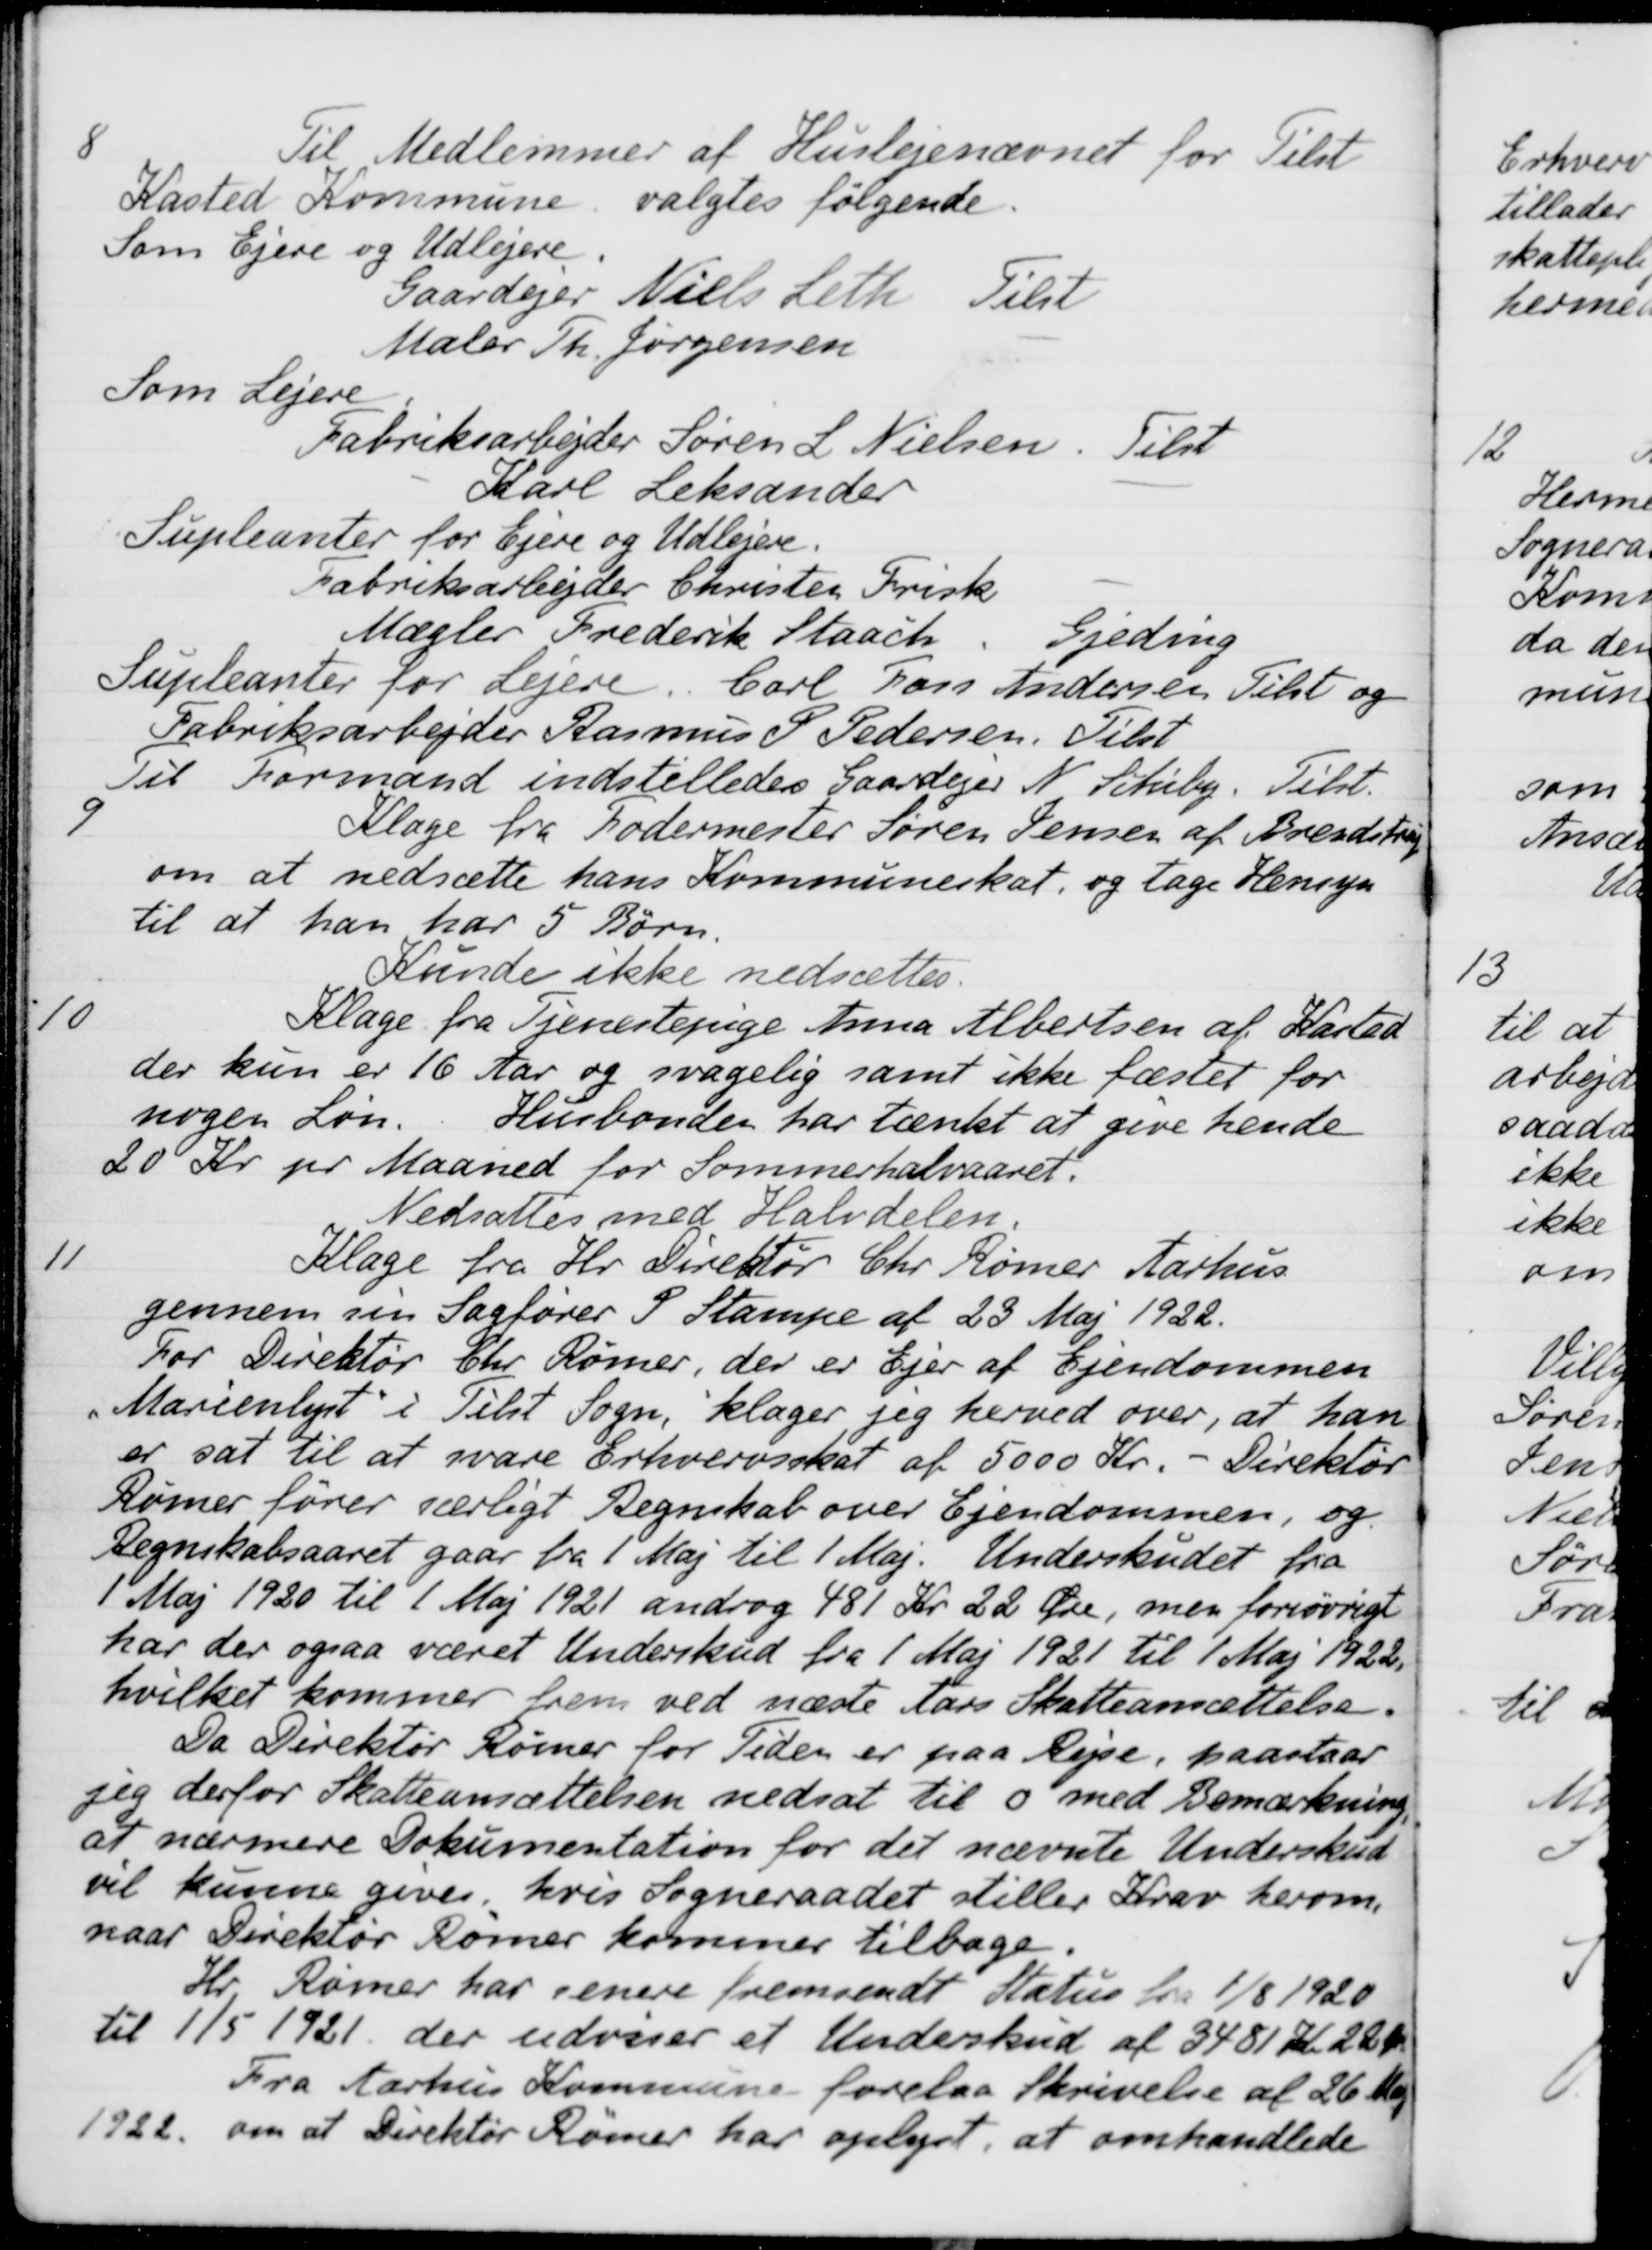
Transskription:
8
Til Medlemmer af Huslejenævnet for Tilst
Kasted Kommune valgtes følgende.
Som Ejere og Udlejere.
Gaardejer Niels Leth Tilst
Maler Th. Jørgensen
Som Lejere
Fabriksarbejder Søren L. Nielsen. Tilst
Karl Leksander
Supleanter for Ejere og Udlejere.
Fabriksarbejder Christen Frisk
Mægler Frederik Staach. Gjeding
Supleanter for Lejere
Carl Foss Andersen Tilst og
Fabriksarbejder Rasmus P Pedersen. Tilst
Til Formand indstilledes Gaardejer N. Schiby. Tilst.
9
Klage fra Fodermester Søren Jensen af Brendstrup
om at nedsætte hans Kommuneskat, og tage Hensyn
til at han har 5 Børn.
Kunde ikke nedsættes.
10
Klage fra Tjenestepige Anna Albertsen af Kasted
der kun er 16 Aar, og svagelig samt ikke fæstet for
nogen Løn. Husbonden har tænkt at give hende
20 Kr pr Maaned for Sommerhalvaaret.
Nedsattes med Halvdelen
11
Klage fra Hr. Direktør Chr. Rømer Aarhus
gennem sin Sagfører I Stampe af 23 Maj 1922.
For Direktør Chr Rømer, der er Ejer af Ejendommen
Marienlyst i Tilst Sogn, klager jeg herved over, at han
er sat til at svare Erhvervsskat af 5000 Kr
Direktør
Rømer fører særligt Regnskab over Ejendommen, og
Regnskabsaaret gaar fra 1 Maj til 1 Maj. Underskudet fra
1 Maj 1920 til 1 Maj 1921 androg 481 Kr. 22 Øre, men foriøvrigt
har der ogsaa været Underskud fra 1 Maj 1921 til 1 Maj 1922.
hvilket kommer frem ved næste Aars Skatteansættelse.
Da Direktør Rømer for Tiden er paa Rejse, paastaar
sig derfor Skatteansættelsen nedsat til 0 med Bemærkning,
at nærmere Dokumentation for det nævnte Underskud
vil kunne gives, hvis Sogneraadet stiller Krav herom.
naar Direktør Rømer kommer tilbage.
Hr. Rømer har senere fremsendt Status fra 1/8 1920
til 1/5 1921 der udviser et Underskud af 3481 Kr. 22 Ør
Fra Aarhus Kommune forelaa Skrivelse af 26 Maj
1922 om at Direktør Rømer har oplyst, at omhandlede